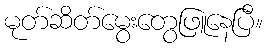
မုတ်ဆိတ်မွေးတွေဖြူနေပြီ။